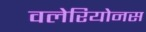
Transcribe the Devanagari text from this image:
वलेरियोनस